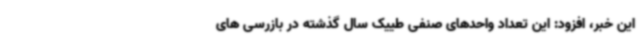
این خبر، افزود: این تعداد واحدهای صنفی طییک سال گذشته در بازرسی های